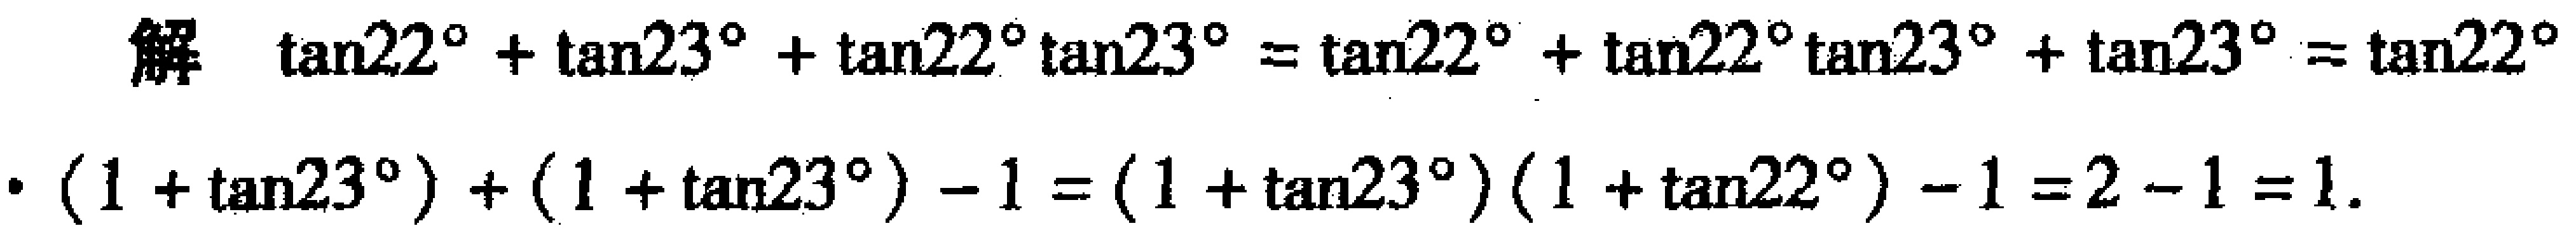
解 \(\tan22^{\circ}+\tan23^{\circ}+\tan22^{\circ}\tan23^{\circ}=\tan22^{\circ}+\tan22^{\circ}\tan23^{\circ}+\tan23^{\circ}=\tan22^{\circ}\cdot(1 + \tan23^{\circ})+(1 + \tan23^{\circ})-1=(1 + \tan23^{\circ})(1 + \tan22^{\circ})-1=2 - 1 = 1\).